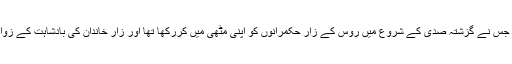
راسپوٹین اس شخص کا نام ہے جس نے گزشتہ صدی کے شروع میں روس کے زار حکمرانوں کو اپنی مٹھی میں کررکھا تھا اور زار خاندان کی بادشاہت کے زوال کی بنیاد بھی اس نے رکھی۔